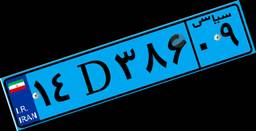
۹۸D۷۰۶۷۴